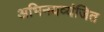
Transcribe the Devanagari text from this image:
अभिनयव्यंजित